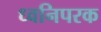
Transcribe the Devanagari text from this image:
ध्वनिपरक